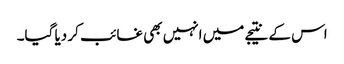
اس کے نتیجے میں انہیں بھی غائب کر دیا گیا۔